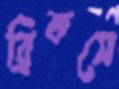
ব্রিকসে